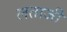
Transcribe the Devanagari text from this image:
लताजी